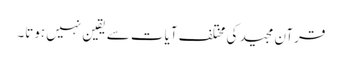
قرآن مجید کی مختلف آیات سے یقین نہیں ہوتا۔